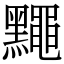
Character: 䵴